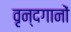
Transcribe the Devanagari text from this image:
वृन्दगानों